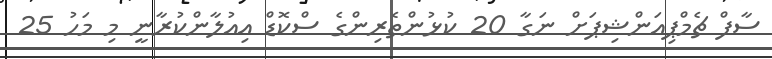
ސާފް ޗެމްޕިއަންޝިޕަށް ނަގާ 20 ކުޅުންތެރިންގެ ސްކޮޑް އިއުލާންކުރާނީ މި މަހު 25